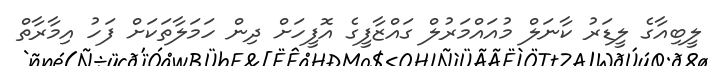
ލީބިއާގެ ލީޑަރު ކާނަލް މުއައްމަރުލް ގައްޒާފީގެ އޮފީހަށް ދިން ހަމަލާތަކަށް ފަހު އިމާރާތް